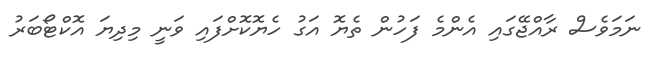
ނަމަވެސް ރާއްޖޭގައި އެންމެ ފަހުން ތެޔޮ އަގު ހެޔޮކޮށްފައި ވަނީ މިދިޔަ އޮކްޓޯބަރު